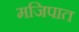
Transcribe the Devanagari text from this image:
मजिपात